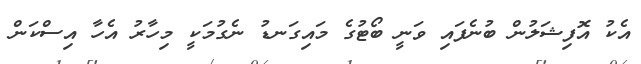
އެކު އޮފިޝަލުން ބުނެފައި ވަނީ ބޯޓުގެ މައިގަނޑު ނެގުމަކީ މިހާރު އެހާ އިސްކަން